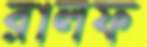
রালফ